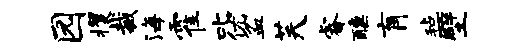
园攫裁海霍叱优盆芙睿醺肓毡壁